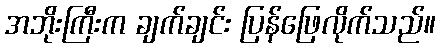
အဘိုးကြီးက ချက်ချင်း ပြန်ဖြေလိုက်သည်။